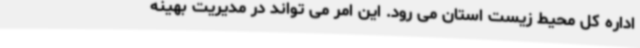
اداره کل محیط زیست استان می رود. این امر می تواند در مدیریت بهینه